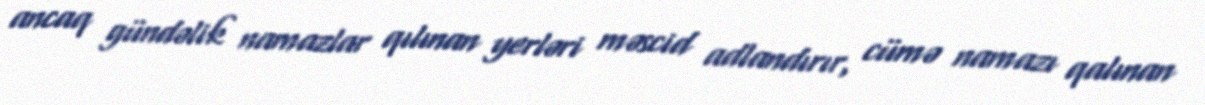
ancaq gündəlik namazlar qılınan yerləri məscid adlandırır, cümə namazı qalınan